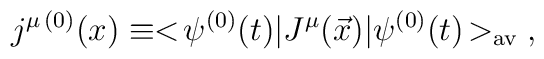
j^{\mu\,(0)}(x) \equiv <\!\psi^{(0)}(t)|J^\mu (\vec{x})|\psi^{(0)}(t)\!>_{\rm av}\;,